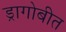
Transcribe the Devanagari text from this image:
ड्रागोबीत